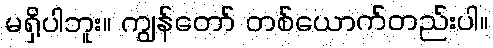
မရှိပါဘူး။ ကျွန်တော် တစ်ယောက်တည်းပါ။